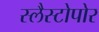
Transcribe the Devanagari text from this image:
स्लैस्टोपोर